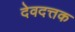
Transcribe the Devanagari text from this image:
देवदत्तक